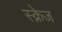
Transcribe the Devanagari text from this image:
स्क्रेज